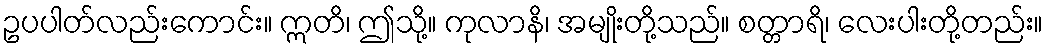
ဥပပါတ်လည်းကောင်း။ ဣတိ၊ ဤသို့။ ကုလာနိ၊ အမျိုးတို့သည်။ စတ္တာရိ၊ လေးပါးတို့တည်း။